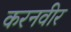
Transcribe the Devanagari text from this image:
करनवीर